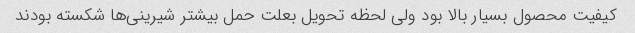
کیفیت محصول بسیار بالا بود ولی لحظه تحویل بعلت حمل بیشتر شیرینی‌ها شکسته بودند